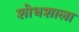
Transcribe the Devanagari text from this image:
शोधशाला